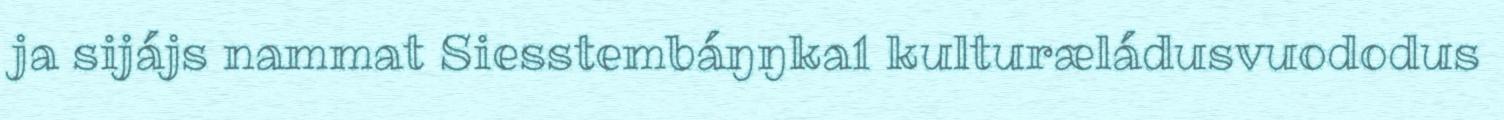
ja sijájs nammat Siesstembáŋŋka1 kulturæládusvuododus